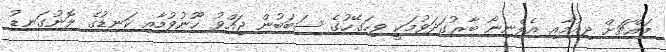
މައްޗަށް ދިއުމާއި އެލްނިނޯ ބާރުގަދަވުމަކީ ވިހަގޭހުގެ ސަބަބުން ޖައްވު ހޫނުވުމާއި ކަނޑުގެ ލޮނުގަނޑު